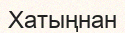
Хатыңнан